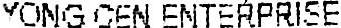
YONG CEN ENTERPRISE